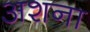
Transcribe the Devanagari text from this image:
अशना